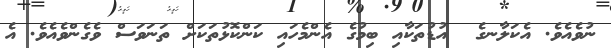
ނުވެއެވެ. އެކަލާނގެ  އުޑުތަކާއި ބިމުގެ އެންމެހައި ކަންކޮޅުތަކަށް ތަނަވަސް ވެގެންވެއެވެ. އެ